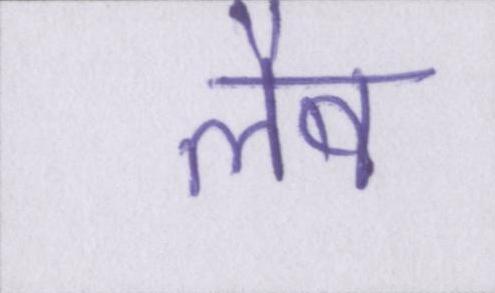
लैब